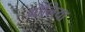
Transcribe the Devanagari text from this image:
बोनिया